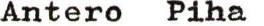
Antero Piha